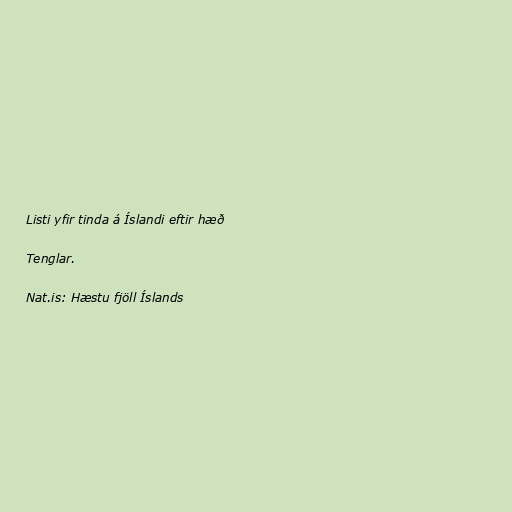
Listi yfir tinda á Íslandi eftir hæð

Tenglar.

Nat.is: Hæstu fjöll Íslands